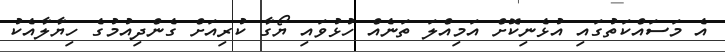
އެ މަސައްކަތުގައި އުޅެނިކޮށް އަމިއްލަ ތަނެއް ހުޅުވައި ޔޯގާ ކުރިއަށް ގެންދިއުމުގެ ހިޔާލާއެކު